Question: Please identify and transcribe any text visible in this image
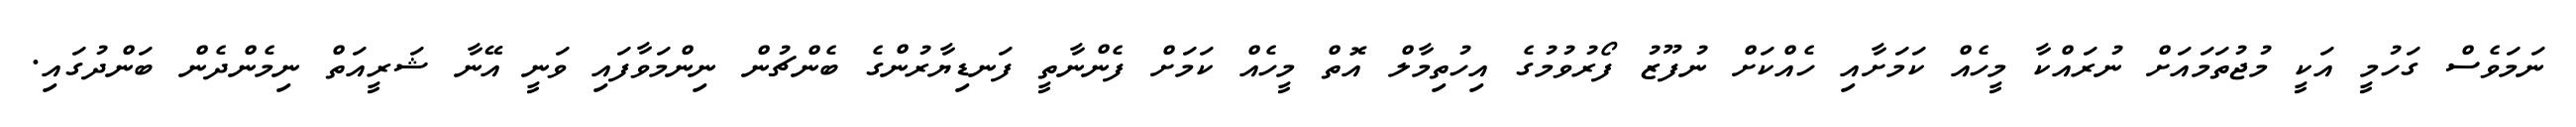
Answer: ނަމަވެސް ގަހުމީ އަކީ މުޖުތަމައަށް ނުރައްކާ މީހެއް ކަމަށާއި ހެއްކަށް ނުފޫޒު ފޯރުވުމުގެ އިހުތިމާލް އޮތް މީހެއް ކަމަށް ފެންނާތީ ފަނޑިޔާރުންގެ ބެންޗުން ނިންމަވާފައި ވަނީ އޭނާ ޝަރީއަތް ނިމެންދެން ބަންދުގައި.